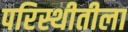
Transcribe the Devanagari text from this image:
परिस्थीतीला